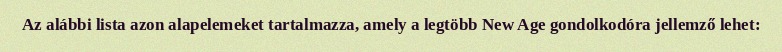
Az alábbi lista azon alapelemeket tartalmazza, amely a legtöbb New Age gondolkodóra jellemző lehet: